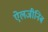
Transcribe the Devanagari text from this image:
ऐलजीनिब